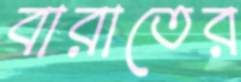
বারাতের